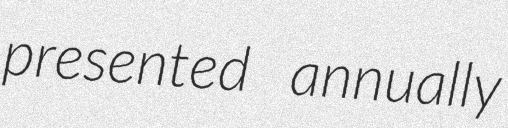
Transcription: presented annually